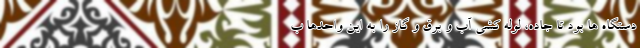
دستگاه ها بود تا جاده، لوله کشی آب و برق و گاز را به این واحدها ب